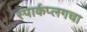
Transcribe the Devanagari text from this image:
स्पार्कप्लगचा